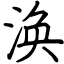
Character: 涣